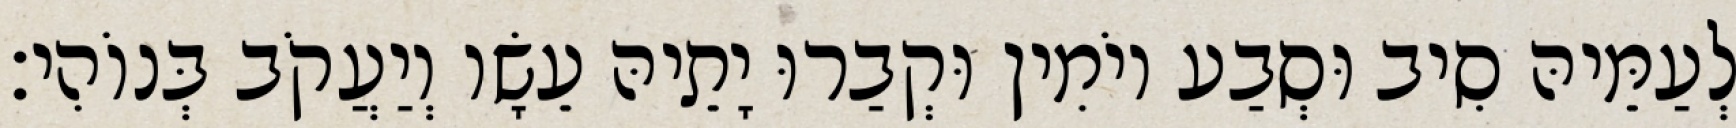
לְעַמֵּיהּ סִיב וּסְבַע יוֹמִין וּקְבַרוּ יָתֵיהּ עֵשָׂו וְיַעֲקֹב בְּנוֹהִי׃